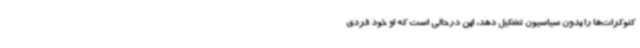
کنوکرات‌ها را بدون سیاسیون تشکیل دهد، این درحالی است که او خود فردی